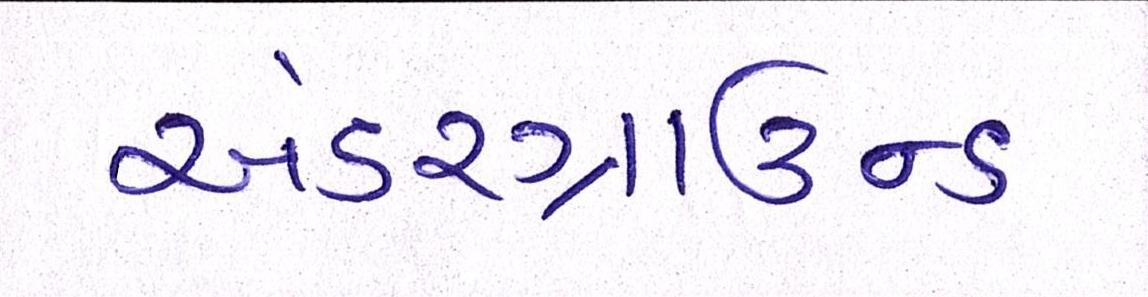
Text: અંડરગ્રાઉન્ડ